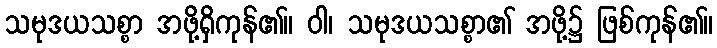
သမုဒယသစ္စာ အဖို့ရှိကုန်၏။ ဝါ၊ သမုဒယသစ္စာ၏ အဖို့၌ ဖြစ်ကုန်၏။